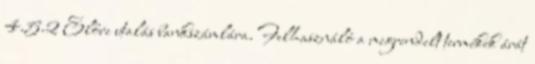
4.5.2 Előre utalás bankszámlára. Felhasználó a megrendelt termékek árát